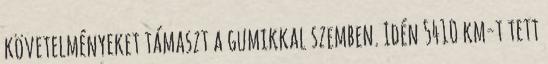
követelményeket támaszt a gumikkal szemben. Idén 5410 km-t tett